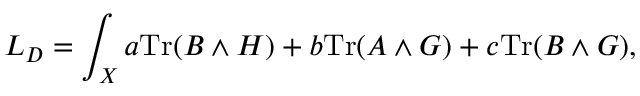
L _ { D } = \int _ { X } a \mathrm { T r } ( B \wedge H ) + b \mathrm { T r } ( A \wedge G ) + c \mathrm { T r } ( B \wedge G ) ,